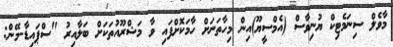
މާވެލް ސިނަމެޓިކް ޔުނިވާސް (އެމްސީޔޫ)އިން މިހާތަނަށް ހާމަކޮށްފައި ވާ މަޝްރޫއުތަކަށް ބަލާއިރު "ސްޕައިޑާ-މޭން: